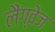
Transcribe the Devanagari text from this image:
लैंग्‍वेज